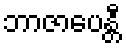
ဘာဇာပေန္တီ